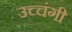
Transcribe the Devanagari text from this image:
उच्चंगी